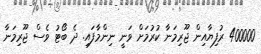
400000 ރުފިޔާއިން ޖޫރިމަނާ ކުރުމަށް ވަނީ ނިންމާފައި. ދެ ބޯޓު ވެސް ޖޫރިމަނާ